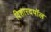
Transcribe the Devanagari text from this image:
विशारदपॉल